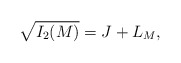
\begin{align*} \sqrt{I_2(M)} = J + L_M,\end{align*}